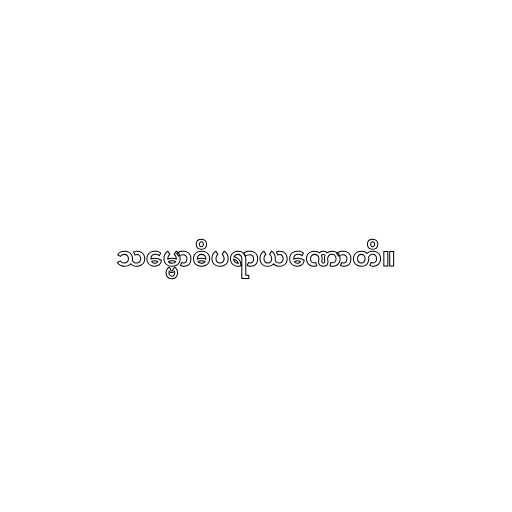
သမ္ဗောဓိပရာယဏောတိ။